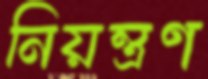
নিয়ন্ত্রণ